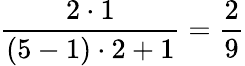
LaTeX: \frac{2\cdot 1}{(5-1)\cdot 2+1}=\frac{2}{9}